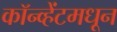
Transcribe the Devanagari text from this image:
कॉन्व्हेंटमधून